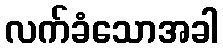
လက်ခံသောအခါ